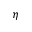
\eta